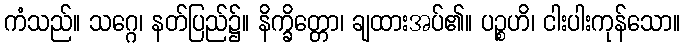
ကံသည်။ သဂ္ဂေ၊ နတ်ပြည်၌။ နိက္ခိတ္တော၊ ချထားအပ်၏။ ပဉ္စဟိ၊ ငါးပါးကုန်သော။